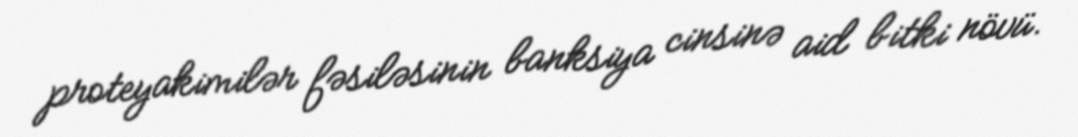
proteyakimilər fəsiləsinin banksiya cinsinə aid bitki növü.